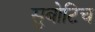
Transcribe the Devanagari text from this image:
सुबोटिच